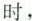
时，